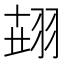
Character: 𦐫